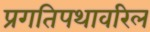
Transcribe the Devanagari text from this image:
प्रगतिपथावरिल